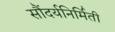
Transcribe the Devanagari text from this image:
सौंदर्यनिर्मिती